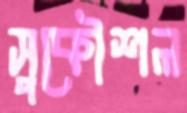
সুকৌশল